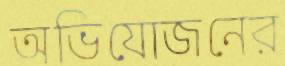
অভিযোজনের